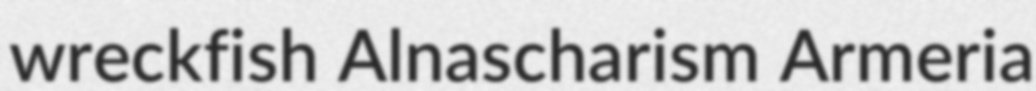
wreckfish Alnascharism Armeria